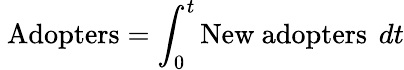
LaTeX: \ {\mathrm{Adopters}}=\int_{0}^{t}{\mathrm{New~adopters~}}\, dt